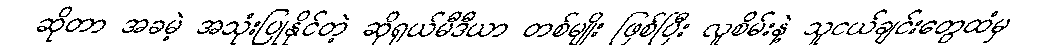
ဆိုတာ အခမဲ့ အသုံးပြုနိုင်တဲ့ ဆိုရှယ်မီဒီယာ တစ်မျိုး ဖြစ်ပြီး လူစိမ်းနဲ့ သူငယ်ချင်းတွေထံမှ